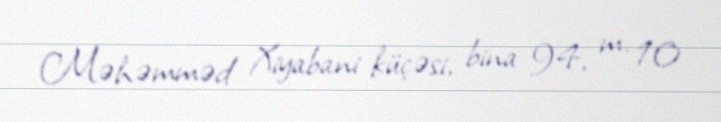
Məhəmməd Xiyabani küçəsi, bina 94, m. 10